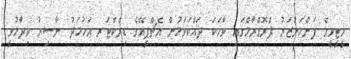
ވީޓީވީގެ ފަންމަންޒަރު ޕްރޮގްރާމްގައި ވާހަކަ ދައްކަވަމުން އެޗްޕީއޭގެ ޑިރެކްޓަރ އަހުމަދު ނާސިރު ވިދާޅުވީ